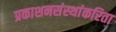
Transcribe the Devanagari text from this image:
प्रकाशनसंस्थांकरिता